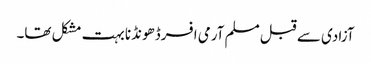
آزادی سے قبل مسلم آرمی افسرڈھونڈنا بہت مشکل تھا۔